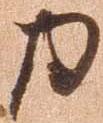
力